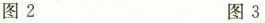
图2 图3